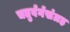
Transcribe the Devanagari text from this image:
चतुर्वर्गसंग्रह